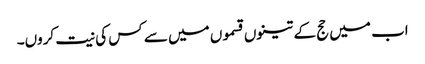
اب میں حج کے تینوں قسموں میں سے کس کی نیت کروں۔